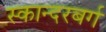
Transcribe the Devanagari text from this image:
स्कान्दरबर्ग